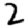
Digit: 2